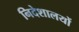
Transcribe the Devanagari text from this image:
निदेशालयों